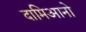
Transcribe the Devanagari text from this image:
दामिआनो